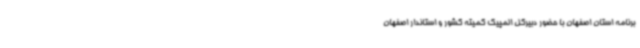
برنامه استان اصفهان با حضور دبیرکل المپیک کمیته کشور و استاندار اصفهان